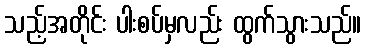
သည့်အတိုင်း ပါးစပ်မှလည်း ထွက်သွားသည်။